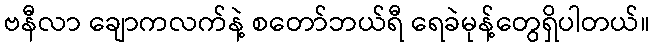
ဗနီလာ ချောကလက်နဲ့ စတော်ဘယ်ရီ ရေခဲမုန့်တွေရှိပါတယ်။